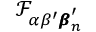
\mathcal { F } _ { \alpha \beta ^ { \prime } { \pmb \beta } _ { n } ^ { \prime } }